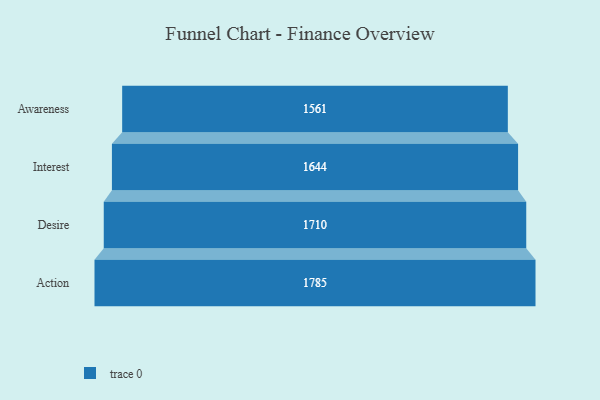
{"axis": {"x": "Stage", "y": "Value"}, "legend": [""], "data": [{"x": "Awareness", "y": 1561.0, "type": ""}, {"x": "Interest", "y": 1644.0, "type": ""}, {"x": "Desire", "y": 1710.0, "type": ""}, {"x": "Action", "y": 1785.0, "type": ""}]}